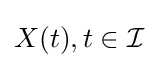
X(t),t\in {\mathcal {I}}